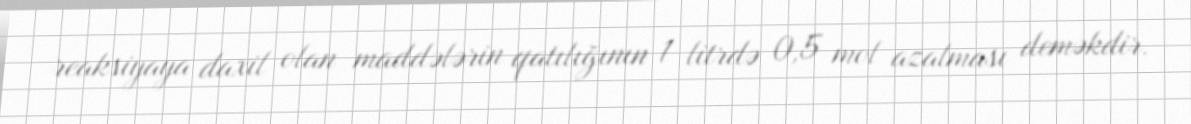
reaksiyaya daxil olan maddələrin qatılığının 1 litrdə 0,5 mol azalması deməkdir.